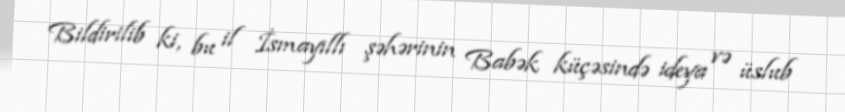
Bildirilib ki, bu il İsmayıllı şəhərinin Babək küçəsində ideya və üslub